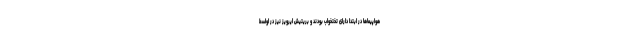
هواپیماها در ابتدا دارای تختخواب بودند و بریتیش ایرویز نیز در اواسط